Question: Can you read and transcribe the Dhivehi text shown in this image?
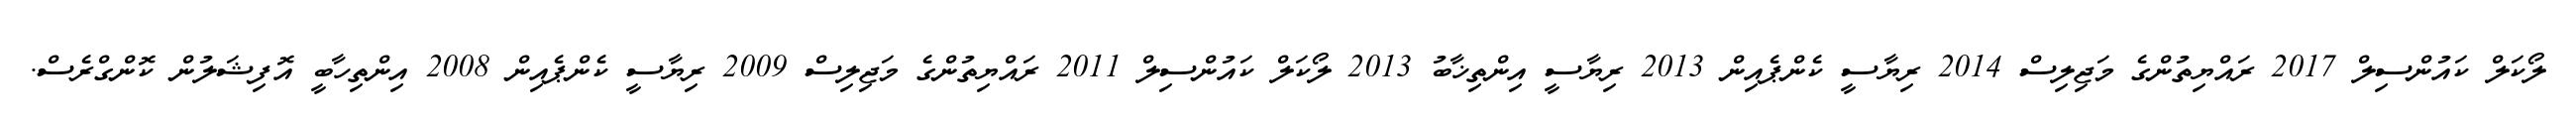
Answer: ލޯކަލް ކައުންސިލް 2017 ރައްޔިތުންގެ މަޖިލިސް 2014 ރިޔާސީ ކެންޕެއިން 2013 ރިޔާސީ އިންތިޚާބު 2013 ލޯކަލް ކައުންސިލް 2011 ރައްޔިތުންގެ މަޖިލިސް 2009 ރިޔާސީ ކެންޕެއިން 2008 އިންތިހާބީ އޮފިޝަލުން ކޮންގްރެސް.